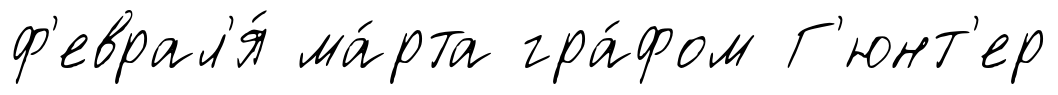
ф'еврал'я́ ма́рта гра́фом Г'юнт'ер